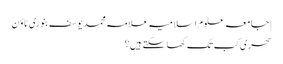
| جامعہ علوم اسلامیہ علامہ محمد یوسف بنوری ٹاؤن
سحری کب تک کھا سکتے ہیں؟